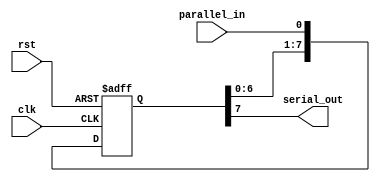
module piso_shift_register (
    input clk,         // Clock input
    input rst,         // Reset input
    input parallel_in, // Parallel input data
    output serial_out  // Serial output data
);

reg [7:0] shift_reg; // 8-bit shift register

always @ (posedge clk or posedge rst) begin
    if (rst) begin
        shift_reg <= 8'b0; // Reset the shift register to all zeros
    end else begin
        shift_reg <= {shift_reg[6:0], parallel_in}; // Shift in parallel input data
    end
end

assign serial_out = shift_reg[7]; // Output the serial data from the last flip-flop

endmodule